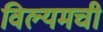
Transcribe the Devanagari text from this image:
विल्यमची